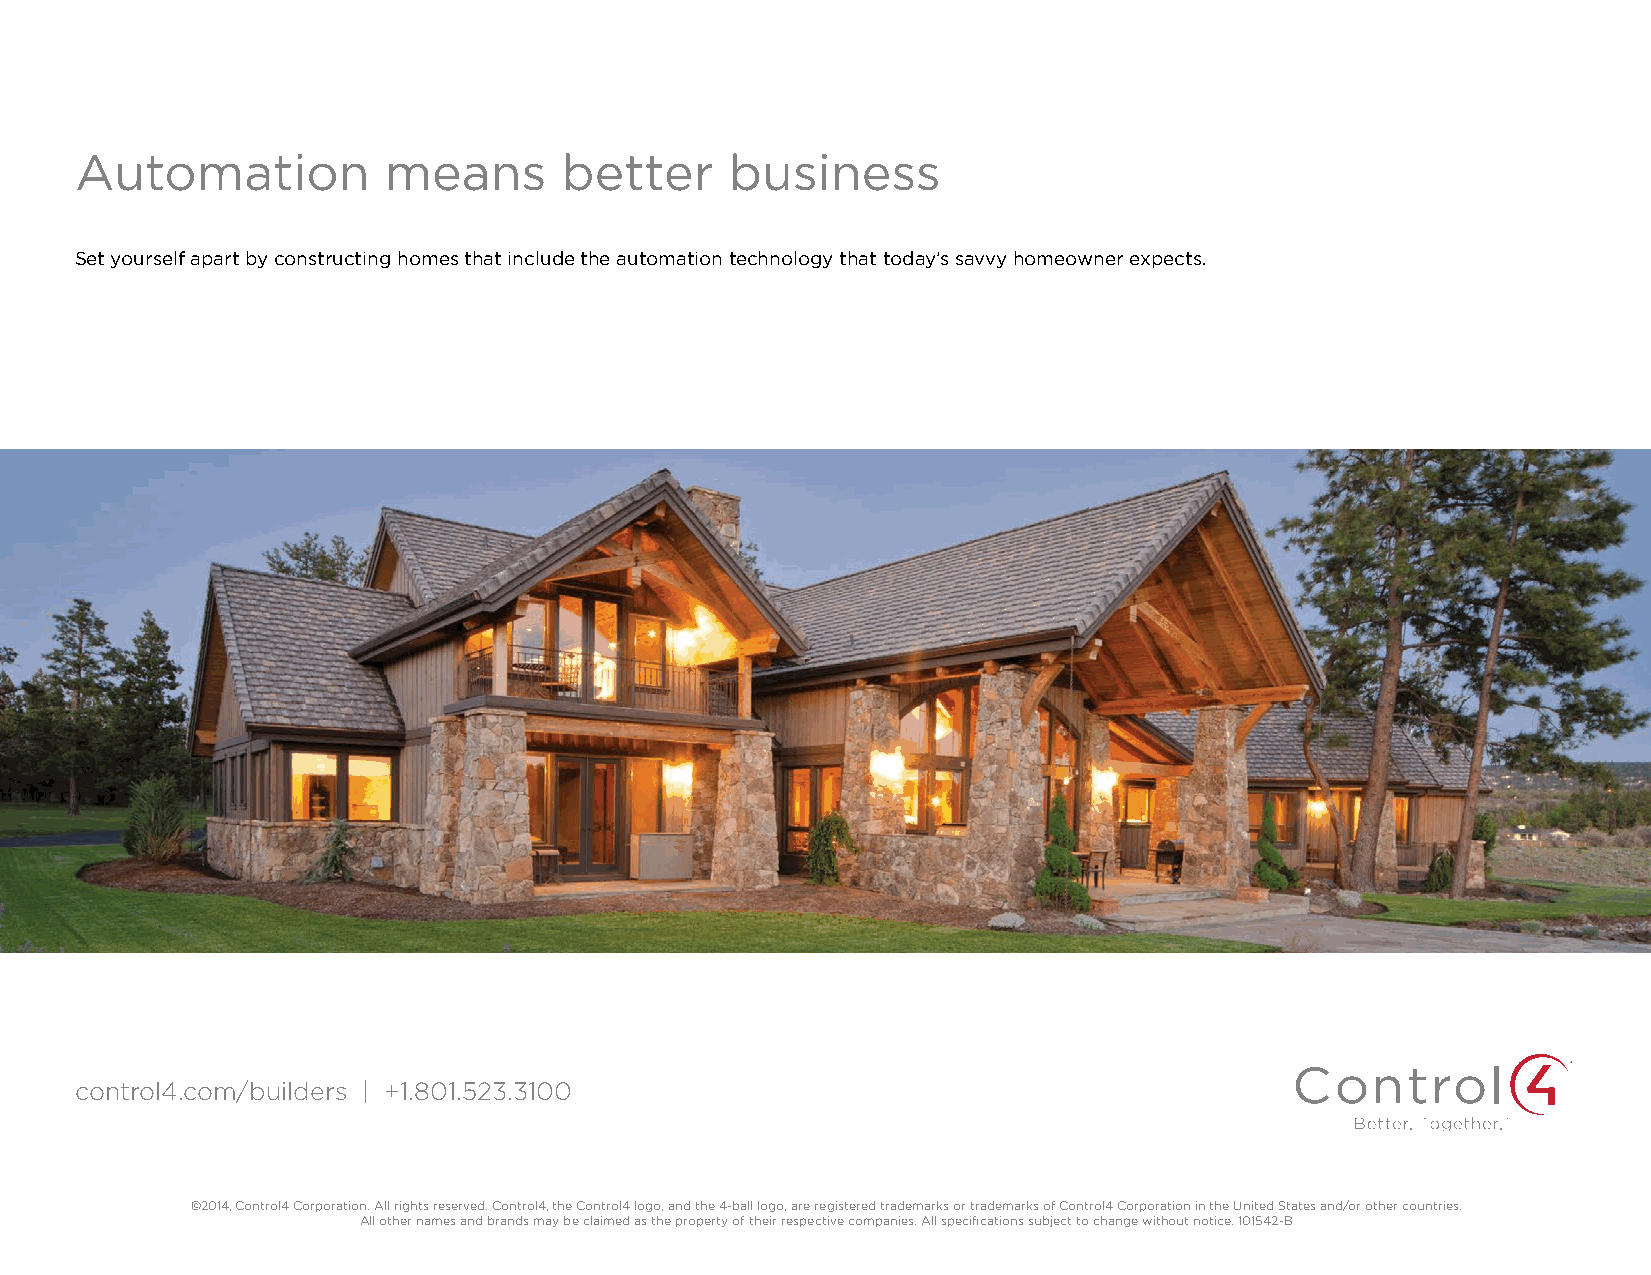
Automation          means       better     business
 Set yourself apart by constructing homes that include the automation technology that today’s savvy homeowner expects.
 control4.com/builders | +1.801.523.3100
 ©2014, Control4 Corporation. All rights reserved. Control4, the Control4 logo, and the 4-ball logo, are registered trademarks or trademarks of Control4 Corporation in the United States and/or other countries.
 All other names and brands may be claimed as the property of their respective companies. All specifications subject to change without notice. 101542-B